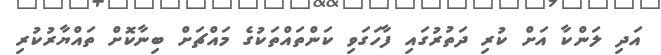
އަދި ލަންކާ އަށް ކުރި ދަތުރުގައި ފާހަގަވި ކަންތައްތަކުގެ މައްޗަށް ބިނާކޮށް ތައްޔާރުކުރި